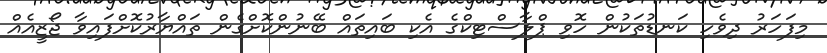
މިފަހަރު ދިވެހި ކަނޑުތަކުން ހޮވި ޕްލާސްޓިކްގެ އެކި ބައިތައް ބޭނުންކޮށްގެން ތައްޔާރުކޮށްފައިވާ ޖޯޒީއެއް